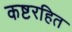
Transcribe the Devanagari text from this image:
कष्टरहित